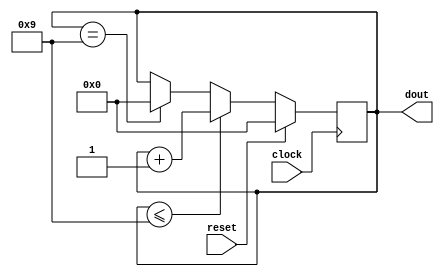
`timescale 1ns / 1ps
//////////////////////////////////////////////////////////////////////////////////
// Company: 
// Engineer: 
// 
// Design Name: 
// Module Name: 
// Project Name: 
// Target Devices: 
// Tool Versions: 
// Description: 
// 
// Dependencies: 
// 
// Revision:
// Revision 0.01 - File Created
// Additional Comments:
// 
////////////////////////////////////////////////////////////////////////////
module bcd_Count(
    input clock, reset,
    output reg [3:0]dout
    );
initial dout = 0;
 
always @ (posedge (clock))
   begin 
        if (reset) 
            dout <= 0; 
        else if (dout <= 9)
            dout <= dout + 1; 
        else if (dout == 9) 
            dout <= 0;
   end
endmodule